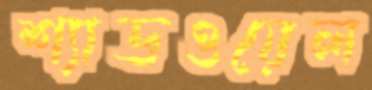
শ্যাডওয়েল